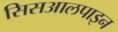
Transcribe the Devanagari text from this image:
सिसआलपाइन